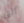
التي